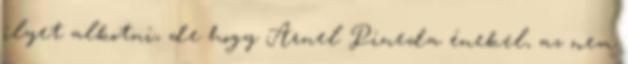
ilyet alkotni, de hogy Arnel Pineda énekel, az nem